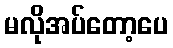
မလိုအပ်တော့ပေ